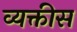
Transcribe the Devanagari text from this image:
व्‍यक्तीस